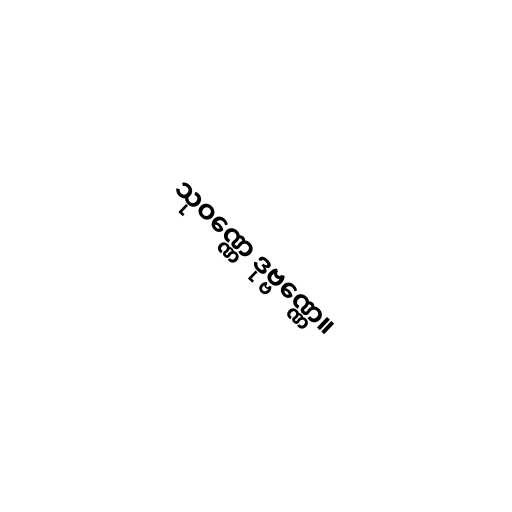
သုဝဏ္ဏေ ဒုဗ္ဗဏ္ဏေ။